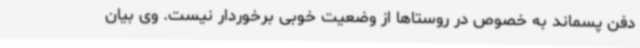
دفن پسماند به خصوص در روستاها از وضعیت خوبی برخوردار نیست. وی بیان